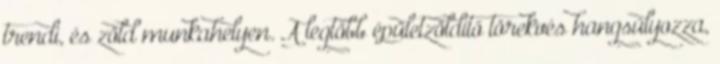
trendi, és zöld munkahelyen. A legtöbb épületzöldítő törekvés hangsúlyozza,